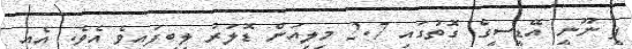
ފީ ނޫނީ އޭޑީސީގެ ގޮތުގައި 2.7 މިލިއަން ޑޮލަރު ލިބިފައިވެ އެވެ. އެއީ